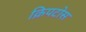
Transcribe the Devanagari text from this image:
क्रिपटोस